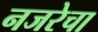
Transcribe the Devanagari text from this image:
नजरेचा